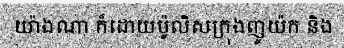
យ៉ាងណា ក៏ដោយប៉ូលិសក្រុងញូយ៉ក និង